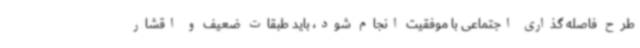
طرح فاصله گذاری اجتماعی با موفقیت انجام شود، باید طبقات ضعیف و اقشار